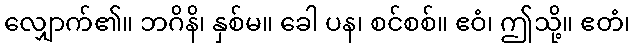
လျှောက်၏။ ဘဂိနိ၊ နှစ်မ။ ခေါ ပန၊ စင်စစ်။ ဧဝံ၊ ဤသို့။ ဧတံ၊